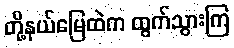
တို့နယ်မြေထဲက ထွက်သွားကြ